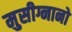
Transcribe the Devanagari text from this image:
मुसीग्नानो